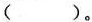
( )。